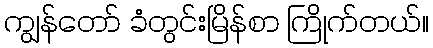
ကျွန်တော် ခံတွင်းမြိန်စာ ကြိုက်တယ်။